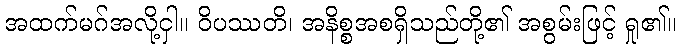
အထက်မဂ်အလို့ငှါ။ ဝိပဿတိ၊ အနိစ္စအစရှိသည်တို့၏ အစွမ်းဖြင့် ရှု၏။